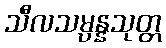
သီလသမ္ပန္နသုတ္တ